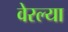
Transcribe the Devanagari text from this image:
वेरल्या